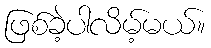
ဖြစ်ခဲ့ပါလိမ့်မယ်။